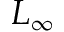
L _ { \infty }